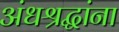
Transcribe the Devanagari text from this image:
अंधश्रद्धांना